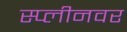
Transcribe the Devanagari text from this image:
स्प्लीनवर